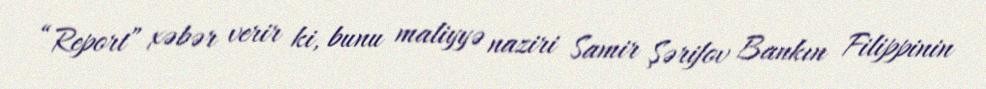
“Report” xəbər verir ki, bunu maliyyə naziri Samir Şərifov Bankın Filippinin